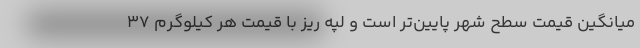
میانگین قیمت سطح شهر پایین‌تر است و لپه ریز با قیمت هر کیلوگرم 37